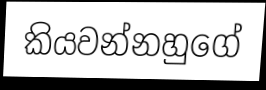
කියවන්නහුගේ